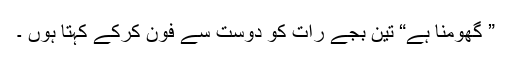
” گھومنا ہے“ تین بجے رات کو دوست سے فون کرکے کہتا ہوں ۔